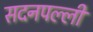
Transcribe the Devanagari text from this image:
सदनपल्ली